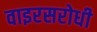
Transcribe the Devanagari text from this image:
वाइरसरोधी